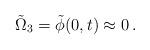
LaTeX: \begin{align*}\tilde\Omega_3=\tilde\phi(0,t)\approx0\,.\end{align*}